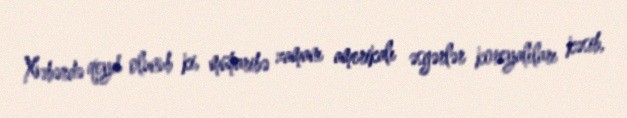
Xəbərdə qeyd olunub ki, müharibə zamanı amerikalı əsgərlər koreyalıları kəsib,